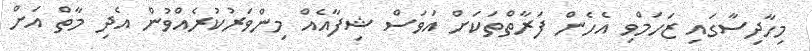
މިހާދިސާގައި ޒަހަމްވި އެހެން ފަރާތްތަކަށް އަވަސް ޝިފާއެއް މިންވަރުކުރެއްވުން އެދި މާތް އަށް